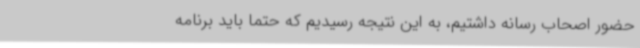
حضور اصحاب رسانه داشتیم، به این نتیجه رسیدیم که حتماً باید برنامه